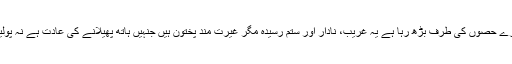
مہاجرین اور پناہ گزینوں کا ریلا بنوں اور ملک کے دوسرے حصوں کی طرف بڑھ رہا ہے یہ غریب، نادار اور ستم رسیدہ مگر غیرت مند پختون ہیں جنہیں ہاتھ پھیلانے کی عادت ہے نہ پولیس و انتظامیہ کی جھڑکیاں کھا کر سر جھکانے کا مزاج۔